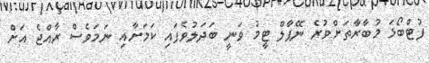
ފުޓްބޯޅަ މުބާރާތަށްވުރެ ނޭޕާލް ޓީމު ވަނީ ބަދަލުވެފައި ކަމަށާއި ނަމަވެސް ރާއްޖެ އަށް